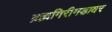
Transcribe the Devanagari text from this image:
ब्रह्मगिरीगडावर